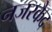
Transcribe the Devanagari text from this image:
नजरकैद